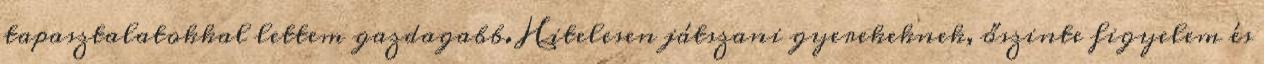
tapasztalatokkal lettem gazdagabb. Hitelesen játszani gyerekeknek, őszinte figyelem és